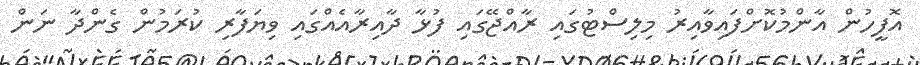
އޮފީހުން އާންމުކޮށްފައިވާއިރު މިލިސްޓުގައި ރާއްޖޭގައި ފުޅާ ދާއިރާއެއްގައި ވިޔަފާރި ކުރަމުން ގެންދާ ނަން